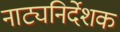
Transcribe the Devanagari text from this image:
नाट्यनिर्देशक